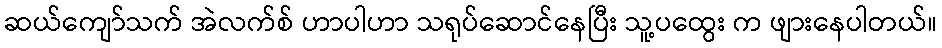
ဆယ်ကျော်သက် အဲလက်စ် ဟာပါဟာ သရုပ်ဆောင်နေပြီး သူ့ပထွေး က ဖျားနေပါတယ်။